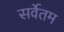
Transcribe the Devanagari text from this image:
सर्वेतम